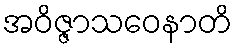
အဝိဇ္ဇာသဝေနာတိ